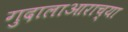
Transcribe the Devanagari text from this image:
गुदालाआराच्या